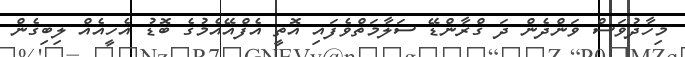
މިހާދުވަސް ވަންދެން ދަ ގްރާންޑޭ ސަލާމަތްވެފައި އޮތީ އެފްއޭއެމުގެ ބޮޑު އެހީއެއް ލިބިގެން